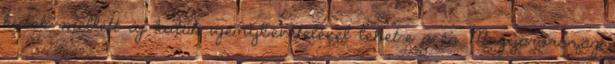
kutak mellett új kutak igénybevételével lehet-e a és Magyarország